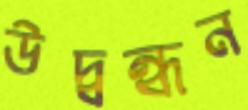
উদ্বন্ধন